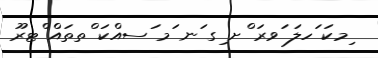
ިމކަ ަހލަ ަވރަ ްށ ިގ ަނ ަމ ަސއްކަ ްތތައް ްޓރޫ